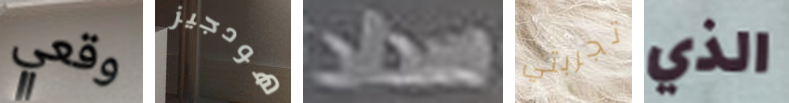
وقعي هودجيز سداد تجربتي الذي